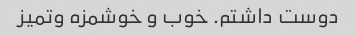
دوست داشتم. خوب و خوشمزه وتمیز